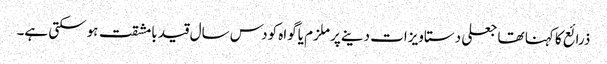
ذرائع کا کہنا تھا جعلی دستاویزات دینےپر ملزم یاگواہ کودس سال قید بامشقت ہوسکتی ہے۔